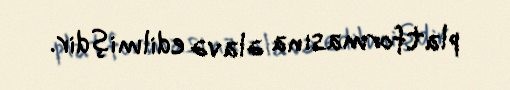
platformasına əlavə edilmişdir.